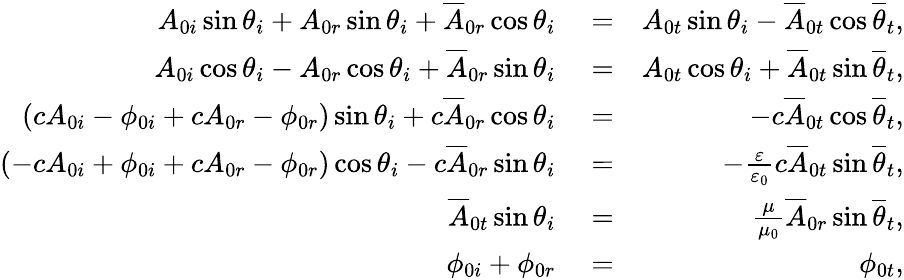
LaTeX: \begin{array}{rlr}{A_{0i}\sin\theta_{i}+A_{0r}\sin\theta_{i}+\overline{{A}}_{0r}\cos\theta_{i}}&{{}=}&{A_{0t}\sin\theta_{i}-\overline{{A}}_{0t}\cos\overline{{\theta}}_{t},}\\ {A_{0i}\cos\theta_{i}-A_{0r}\cos\theta_{i}+\overline{{A}}_{0r}\sin\theta_{i}}&{{}=}&{A_{0t}\cos\theta_{i}+\overline{{A}}_{0t}\sin\overline{{\theta}}_{t},}\\ {\left(cA_{0i}-\phi_{0i}+cA_{0r}-\phi_{0r}\right)\sin\theta_{i}+c\overline{{A}}_{0r}\cos\theta_{i}}&{{}=}&{-c\overline{{A}}_{0t}\cos\overline{{\theta}}_{t},}\\ {\left(-cA_{0i}+\phi_{0i}+cA_{0r}-\phi_{0r}\right)\cos\theta_{i}-c\overline{{A}}_{0r}\sin\theta_{i}}&{{}=}&{-\frac{\varepsilon}{\varepsilon_{0}}c\overline{{A}}_{0t}\sin\overline{{\theta}}_{t},}\\ {\overline{{A}}_{0t}\sin\theta_{i}}&{{}=}&{\frac{\mu}{\mu_{0}}\overline{{A}}_{0r}\sin\overline{{\theta}}_{t},}\\ {\phi_{0i}+\phi_{0r}}&{{}=}&{\phi_{0t},}\end{array}